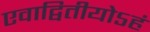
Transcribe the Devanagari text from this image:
एवाद्वितीयोऽहं